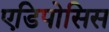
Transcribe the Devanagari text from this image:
एडिपोसिस